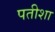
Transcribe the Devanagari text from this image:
पतीशा